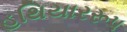
હથિયારરૂપ